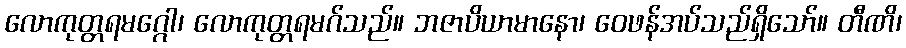
လောကုတ္တရမဂ္ဂေါ၊ လောကုတ္တရမဂ်သည်။ ဘဇာပိယာမာနော၊ ဝေဖန်အပ်သည်ရှိသော်။ တီဏိ၊